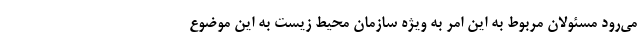
می‌رود مسئولان مربوط به این امر به ویژه سازمان محیط زیست به این موضوع